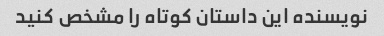
نویسنده این داستان کوتاه را مشخص کنید